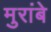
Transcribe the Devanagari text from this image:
मुरांबे